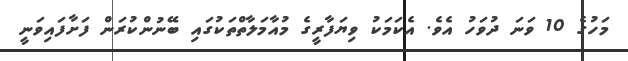
މަހުގެ 10 ވަނަ ދުވަހު އެވެ. އެކަމަކު ވިޔަފާރީގެ މުއާމަލާތްތަކުގައި ބޭނުންކުރަން ފަށާފައިވަނީ